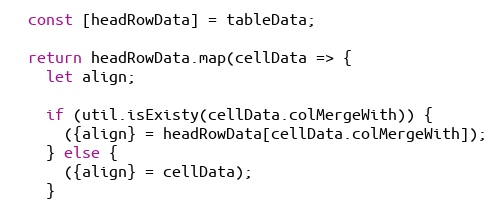
Language: JavaScript
  const [headRowData] = tableData;

  return headRowData.map(cellData => {
    let align;

    if (util.isExisty(cellData.colMergeWith)) {
      ({align} = headRowData[cellData.colMergeWith]);
    } else {
      ({align} = cellData);
    }